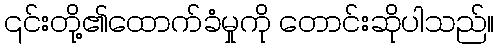
၎င်းတို့၏ထောက်ခံမှုကို တောင်းဆိုပါသည်။